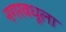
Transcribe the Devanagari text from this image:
नगरवधूला